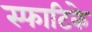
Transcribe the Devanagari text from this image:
स्फाटिके